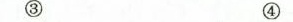
③ ④